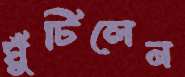
ঘুঁটিলেন